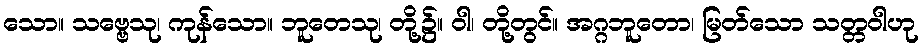
သော။ သဗ္ဗေသု၊ ကုန်သော။ ဘူတေသု၊ တို့၌။ ဝါ၊ တို့တွင်။ အဂ္ဂဘူတော၊ မြတ်သော သတ္တဝါဟု